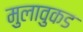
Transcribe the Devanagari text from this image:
मुलावुकड